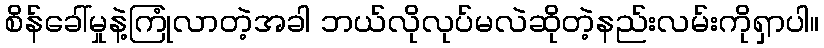
စိန်ခေါ်မှုနဲ့ကြုံလာတဲ့အခါ ဘယ်လိုလုပ်မလဲဆိုတဲ့နည်းလမ်းကိုရှာပါ။